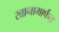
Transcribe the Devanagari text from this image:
खानामार्फत